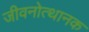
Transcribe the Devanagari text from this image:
जीवनोत्थानक